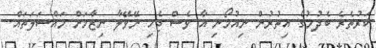
ކަރުތެރެ ބެދުމުގެ އިތުރުން ނިއުމޯނި އާ ވެސް ޖެހި ނޭވޭލާ ނިޒާމަށް މައްސަލަތައް